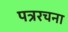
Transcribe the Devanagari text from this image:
पत्ररचना